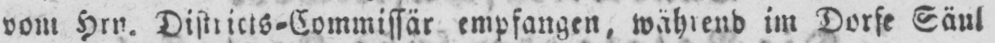
vom Hrn. Districts⸗Commissär empfangen, während im Dorfe Säul